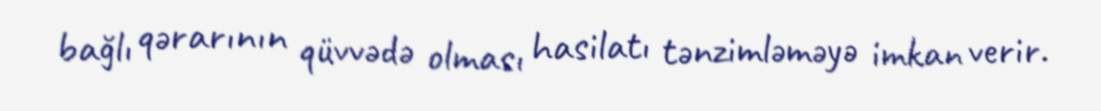
bağlı qərarının qüvvədə olması hasilatı tənzimləməyə imkan verir.